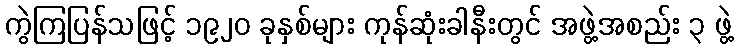
ကွဲကြပြန်သဖြင့် ၁၉၂၀ ခုနှစ်များ ကုန်ဆုံးခါနီးတွင် အဖွဲ့အစည်း ၃ ဖွဲ့